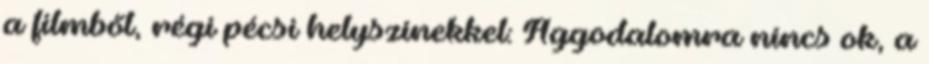
a filmből, régi pécsi helyszínekkel: Aggodalomra nincs ok, a